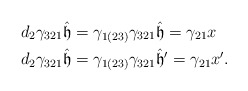
\begin{align*}d_2 \gamma_{321}\hat{\mathfrak{h}}&=\gamma_{1(23)}\gamma_{321}\hat{\mathfrak{h}}=\gamma_{21}x \\ d_2 \gamma_{321}\hat{\mathfrak{h}}&=\gamma_{1(23)}\gamma_{321}\hat{\mathfrak{h}}'=\gamma_{21}x'.\end{align*}